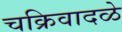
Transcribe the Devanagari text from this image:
चक्रिवादळे